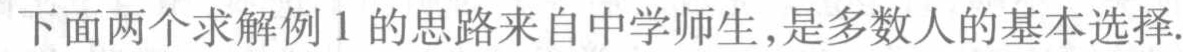
下面两个求解例 1 的思路来自中学师生,是多数人的基本选择.